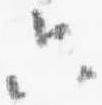
只